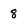
Character: 8